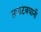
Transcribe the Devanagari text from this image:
सपाटबयानी